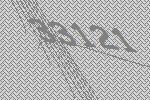
33121